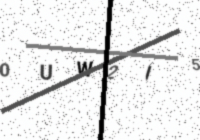
Text: 0UW2I5